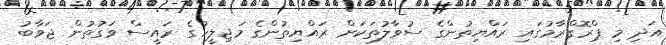
އަދި މި ޕްރޮގްރާމުގައި ރައްޔިތުންގެ ސުވާލުތަކަށް ރައްޔިތުންގެ މަޖިލީހުގެ ރައީސް ވަގުތުން ޖަވާބު